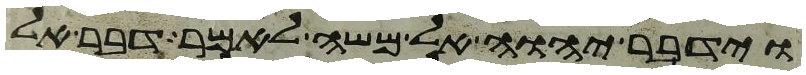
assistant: וידבר יהוה אל משה לאמר דבר אל